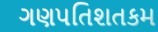
ગણપતિશતકમ